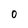
Character: 0